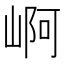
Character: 𡹣